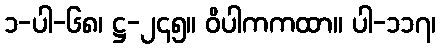
၁-ပါ-၆၈၊ ဋ္ဌ-၂၄၅။ ဝိပါကကထာ။ ပါ-၁၁၇၊